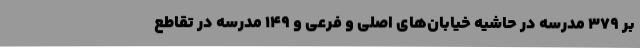
بر 379 مدرسه در حاشیه خیابان‌های اصلی و فرعی و 149 مدرسه در تقاطع